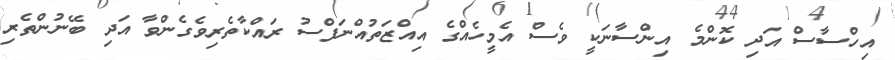
އިހްސާސް އަދި ކޮންމެ އިންސާނަކީ ވެސް އެމީހެއްގެ އިއްޒަތުއްނަފްސު ރައްކާތެރިވެގެންވާ އަދި ބޭނުންތެރި